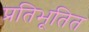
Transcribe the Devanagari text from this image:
प्रतिभूतित